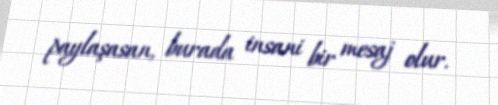
paylaşasan, burada insani bir mesaj olur.